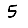
Digit: 5